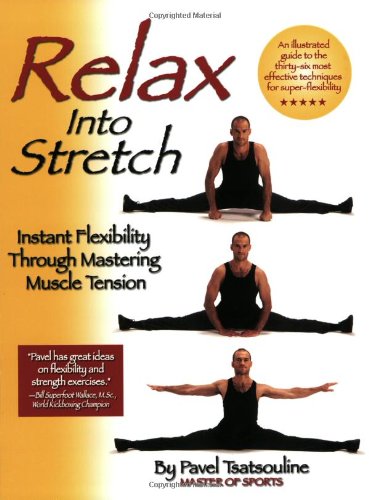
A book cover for Relax into Stretch : Instant Flexibility Through Mastering Muscle Tension; Pavel Tsatsouline; Health, Fitness & Dieting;